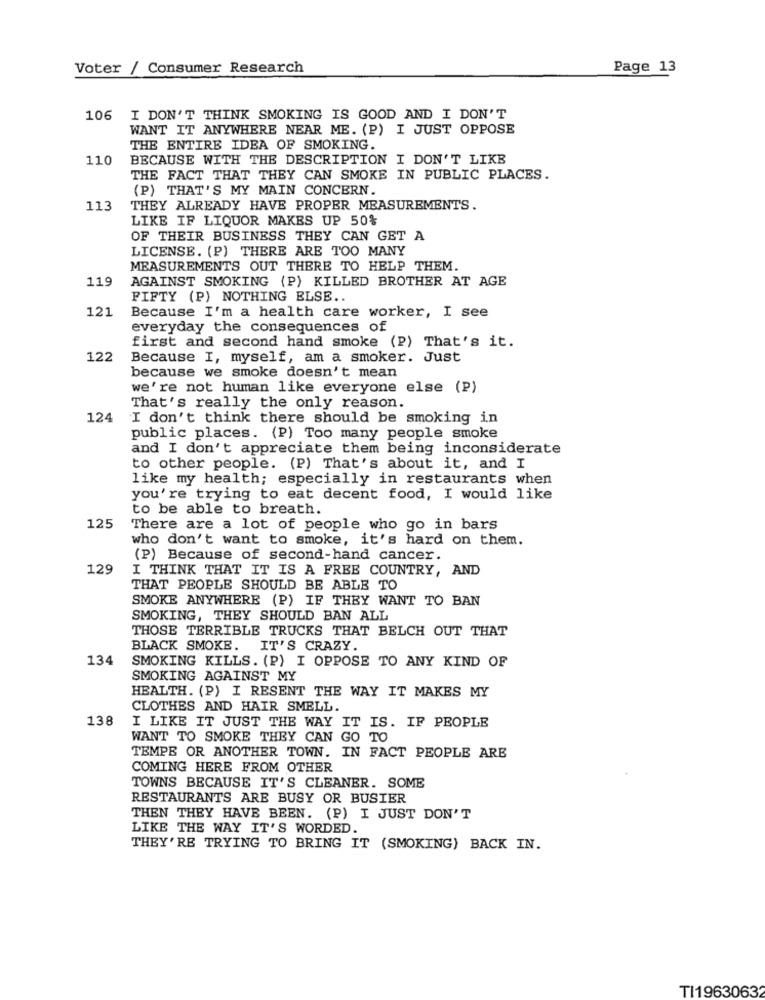
Voter / Consumer Research
Page 13
106 I DON'T THINK SMOKING IS GOOD AND I DON'T
WANT IT ANYWHERE NEAR ME. (P) I JUST OPPOSE
THE ENTIRE IDEA OF SMOKING.
110
BECAUSE WITH THE DESCRIPTION I DON'T LIKE
THE FACT THAT THEY CAN SMOKE IN PUBLIC PLACES.
(P) THAT'S MY MAIN CONCERN.
113
THEY ALREADY HAVE PROPER MEASUREMENTS.
LIKE IF LIQUOR MAKES UP 50%
OF THEIR BUSINESS THEY CAN GET A
LICENSE. (P) THERE ARE TOO MANY
MEASUREMENTS OUT THERE TO HELP THEM.
119
AGAINST SMOKING (P) KILLED BROTHER AT AGE
FIFTY (P) NOTHING ELSE ..
121
Because I'm a health care worker, I see
everyday the consequences of
first and second hand smoke (P) That's it.
122
Because I, myself, am a smoker. Just
because we smoke doesn't mean
we're not human like everyone else (P)
That's really the only reason.
124
I don't think there should be smoking in
public places. (P) Too many people smoke
and I don't appreciate them being inconsiderate
to other people. (P) That's about it, and I
like my health; especially in restaurants when
you're trying to eat decent food, I would like
to be able to breath.
125
There are a lot of people who go in bars
who don't want to smoke, it's hard on them.
(P) Because of second-hand cancer.
129
I THINK THAT IT IS A FREE COUNTRY, AND
THAT PEOPLE SHOULD BE ABLE TO
SMOKE ANYWHERE (P) IF THEY WANT TO BAN
SMOKING, THEY SHOULD BAN ALL
THOSE TERRIBLE TRUCKS THAT BELCH OUT THAT
BLACK SMOKE.
IT'S CRAZY.
134
SMOKING KILLS. (P) I OPPOSE TO ANY KIND OF
SMOKING AGAINST MY
HEALTH. (P) I RESENT THE WAY IT MAKES MY
CLOTHES AND HAIR SMELL.
138
I LIKE IT JUST THE WAY IT IS. IF PEOPLE
WANT TO SMOKE THEY CAN GO TO
TEMPE OR ANOTHER TOWN. IN FACT PEOPLE ARE
COMING HERE FROM OTHER
TOWNS BECAUSE IT'S CLEANER. SOME
RESTAURANTS ARE BUSY OR BUSIER
THEN THEY HAVE BEEN. (P) I JUST DON'T
LIKE THE WAY IT'S WORDED.
THEY'RE TRYING TO BRING IT (SMOKING) BACK IN.
TI19630632